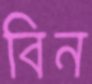
বিন